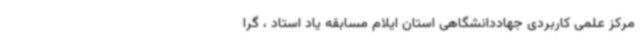
مرکز علمی کاربردی جهاددانشگاهی استان ایلام مسابقه یاد استاد ، گرا